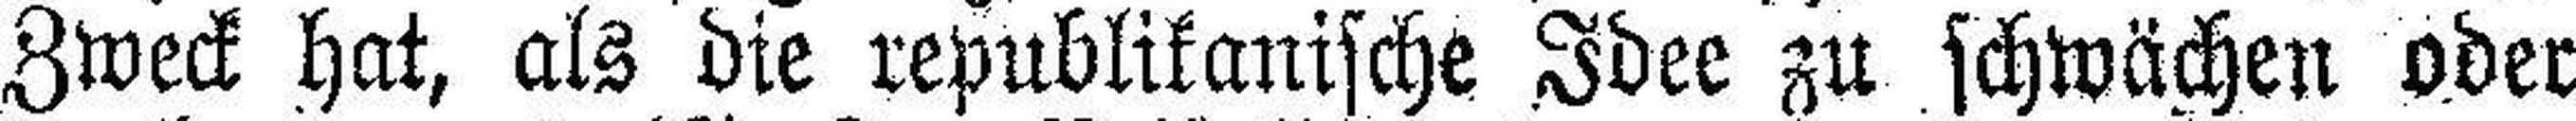
Zweck hat, als die republikanische Idee zu schwächen oder